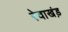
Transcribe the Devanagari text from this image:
रेवाखंड़